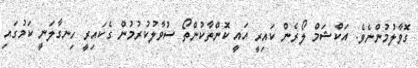
ގޮވާލުމުންނެވެ. އަކްޝަމް ލޯރެން ކައިރީ އައީ ކޮންތާކުންތޯ ސުވާލުކުރުމުން ގެކައިރީ ހިނގާލަނީ ކަމުގައި